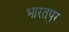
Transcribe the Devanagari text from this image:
भारतपुर